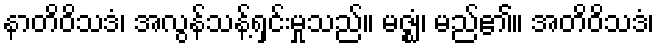
နာတိဝိသဒံ၊ အလွန်သန့်ရှင်းမှုသည်။ မဇ္ဈံ၊ မည်၏။ အတိဝိသဒံ၊